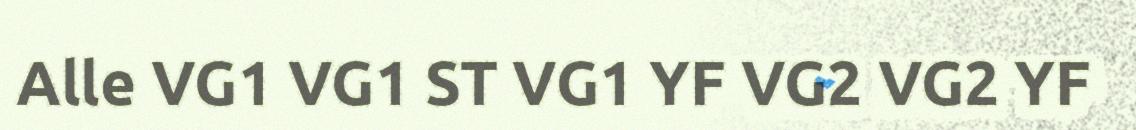
Alle VG1 VG1 ST VG1 YF VG2 VG2 YF